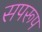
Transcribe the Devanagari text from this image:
सपरूप